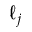
\ell _ { j }